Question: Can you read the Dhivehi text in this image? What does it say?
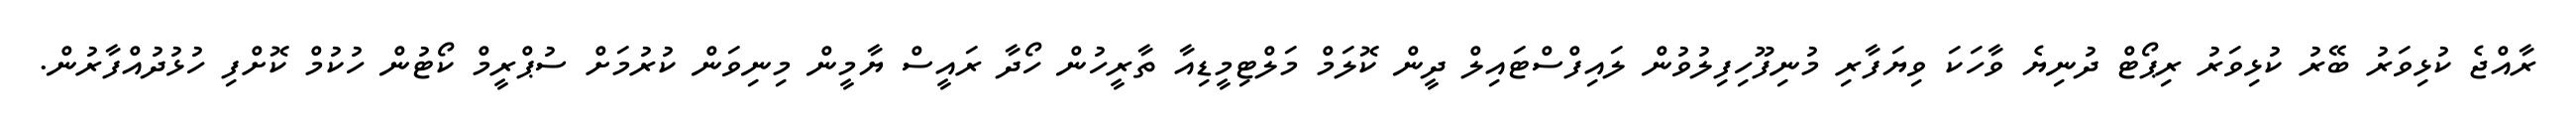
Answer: ރާއްޖެ ކުޅިވަރު ބޭރު ކުޅިވަރު ރިޕޯޓް ދުނިޔެ ވާހަކަ ވިޔަފާރި މުނިފޫހިފިލުވުން ލައިފްސްޓައިލް ދީން ކޮލަމް މަލްޓިމީޑިއާ ތާރީހުން ހޯދާ ރައީސް ޔާމީން މިނިވަން ކުރުމަށް ސުޕްރީމް ކޯޓުން ހުކުމް ކޮށްފި ހުޅުދުއްފާރުން.